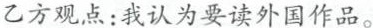
乙方观点：我认为要读外国作品。